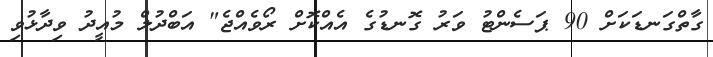
ގާތްގަނޑަކަށް 90 ޕަސެންޓު ވަރު ގޮނޑުގެ އެއްކޮށް ރޯވެއްޖެ" އަބްދުލް މުއީދު ވިދާޅުވި